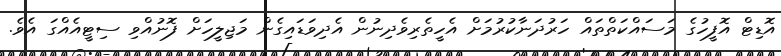
އޮޑިޓް އޮފީހުގެ މަސައްކަތްތައް ހަރުދަނާކުރުމަށް އެހީތެރިވެދިނުން އެދިވަޑައިގެން މަޖިލީހަށް ފޮނުއްވި ސިޓީއެއްގަ އެވެ.